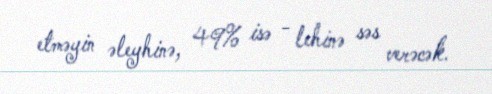
etməyin əleyhinə, 49% isə - lehinə səs verəcək.